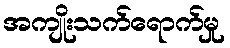
အကျိုးသက်ရောက်မှု